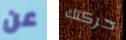
عن حركتك